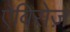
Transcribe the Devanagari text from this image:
ऐविरोज़